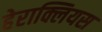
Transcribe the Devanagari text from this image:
हेराक्लियस